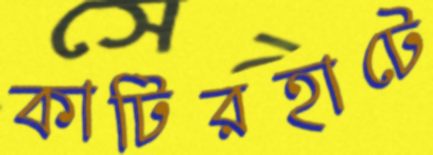
কাটিরহাটে